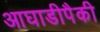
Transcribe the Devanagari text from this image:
आघाडीपैकी